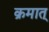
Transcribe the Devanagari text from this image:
क्रमात्